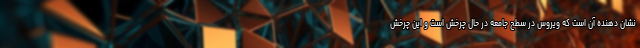
نشان دهنده آن است که ویروس در سطح جامعه در حال چرخش است و این چرخش